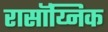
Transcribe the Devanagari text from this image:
रासॉय्निक